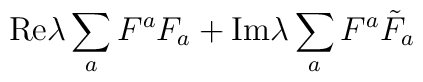
{\rm Re}\lambda\sum_aF^aF_a +{\rm Im}\lambda\sum_aF^a{\tilde F_a}